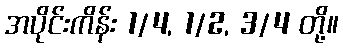
အပိုင်းကိန်း 1/4, 1/2, 3/4 တို့။